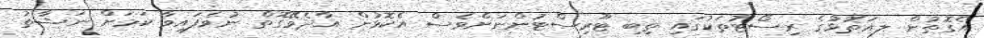
އެގޮތުން ލ.އަތޮޅުގެ ރިސޯޓުތަކުގައި ތިބި ޓޫރިސްޓުންނަށްވެސް އެކޮޅުން އާދެވޭގޮތް ނުވެފައިވާ ކަމަށް ނަޝާތު